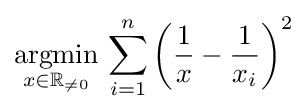
{\underset {x\in \mathbb {R} _{\neq 0}}{\operatorname {argmin} }}\,\sum _{i=1}^{n}\left({\frac {1}{x}}-{\frac {1}{x_{i}}}\right)^{2}